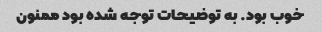
خوب بود. به توضیحات توجه شده بود ممنون